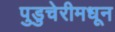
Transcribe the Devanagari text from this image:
पुडुचेरीमधून